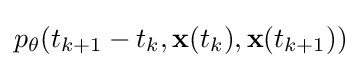
p_{\theta }(t_{k+1}-t_{k},\mathbf {x} (t_{k}),\mathbf {x} (t_{k+1}))